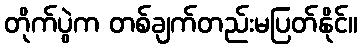
တိုက်ပွဲက တစ်ချက်တည်းမပြတ်နိုင်။